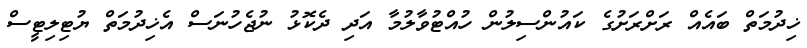
ޚިދުމަތް ބައެއް ރަށްރަށުގެ ކައުންސިލުން ހުއްޓުވާލުމާ އަދި ދެކޮޅު ނުޖެހުނަސް އެޚިދުމަތް ޔުޓިލިޓީސް